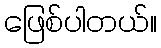
ဖြေစ်ပါတယ်။